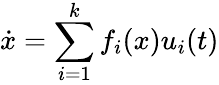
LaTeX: {\dot{x}}=\sum_{i=1}^{k}f_{i}(x)u_{i}(t)